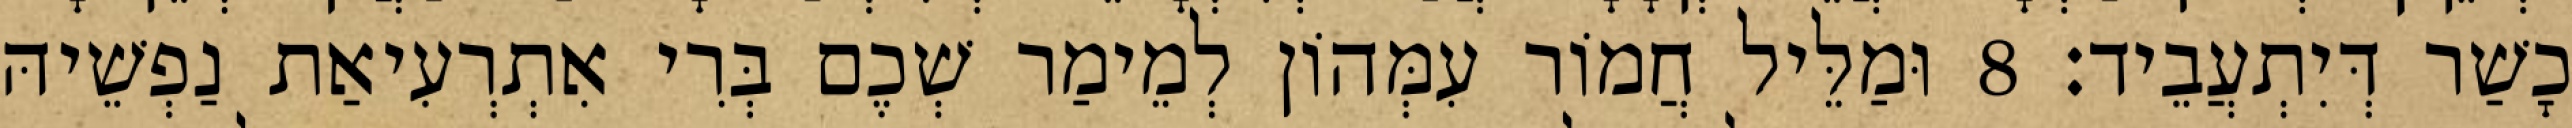
כָשַׁר דְּיִתְעֲבֵיד׃ 8 וּמַלֵּיל חֲמוֹר עִמְּהוֹן לְמֵימַר שְׁכֶם בְּרִי אִתְרְעִיאַת נַפְשֵׁיהּ